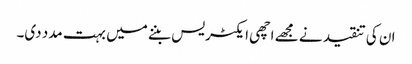
ان کی تنقید نے مجھے اچھی ایکٹریس بننے میں بہت مدد دی۔